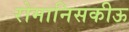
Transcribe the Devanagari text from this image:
रोमानिसकीऊ